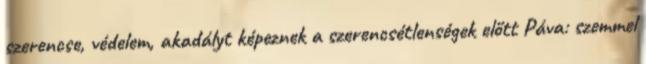
szerencse, védelem, akadályt képeznek a szerencsétlenségek előtt Páva: szemmel